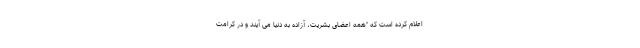
اعلام کرده است که "همه اعضای بشریت، آزاده به دنیا می آیند و در کرامت